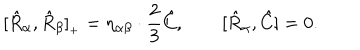
LaTeX: [ \hat { R } _ { \alpha } , \hat { R } _ { \beta } ] _ { { } _ { + } } = \eta _ { \alpha \beta } \cdot \frac { 2 } { 3 } \hat { C } , \qquad [ \hat { R } _ { \alpha } , \hat { C } ] = 0 .